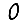
Digit: 0